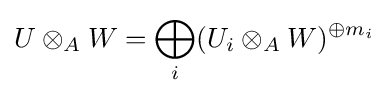
U\otimes _{A}W=\bigoplus _{i}(U_{i}\otimes _{A}W)^{\oplus m_{i}}